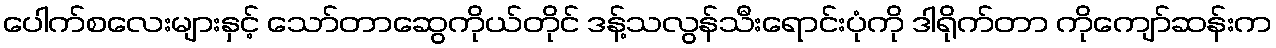
ပေါက်စလေးများနှင့် သော်တာဆွေကိုယ်တိုင် ဒန့်သလွန်သီးရောင်းပုံကို ဒါရိုက်တာ ကိုကျော်ဆန်းက